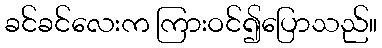
ခင်ခင်လေးက ကြားဝင်၍ပြောသည်။